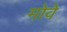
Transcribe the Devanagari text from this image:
मोवे